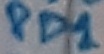
Text: PD1